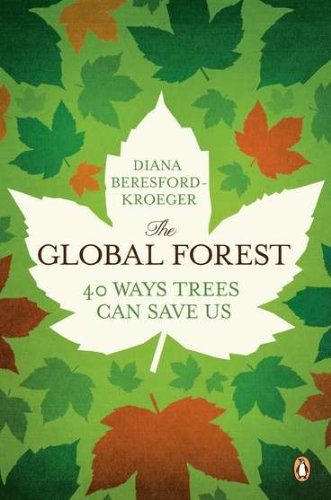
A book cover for The Global Forest: Forty Ways Trees Can Save Us; Diana Beresford-Kroeger; Science & Math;